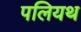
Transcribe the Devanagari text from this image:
पलियथ